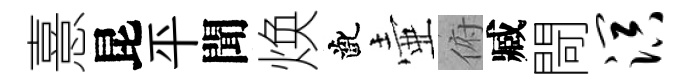
憙昆平聞焕齔壷俯臧閜溟